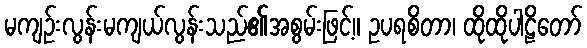
မကျဉ်းလွန်းမကျယ်လွန်းသည်၏အစွမ်းဖြင့်။ ဥပရစိတာ၊ ထိုထိုပါဠိတော်